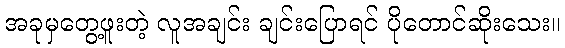
အခုမှတွေ့ဖူးတဲ့ လူအချင်း ချင်းပြောရင် ပိုတောင်ဆိုးသေး။